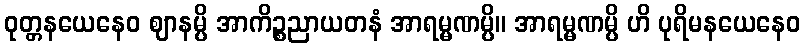
ဝုတ္တနယေနေဝ ဈာနမ္ပိ အာကိဉ္စညာယတနံ အာရမ္မဏမ္ပိ။ အာရမ္မဏမ္ပိ ဟိ ပုရိမနယေနေဝ